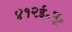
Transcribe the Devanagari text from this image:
४१२ई॰पू॰